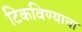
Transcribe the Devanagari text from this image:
टिकविण्याचा